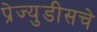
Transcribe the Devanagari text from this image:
प्रेज्युडीसचे